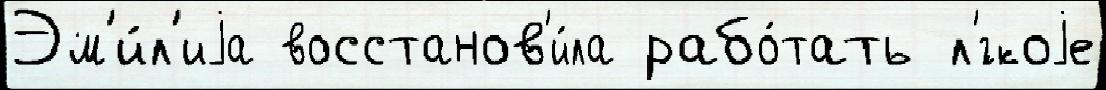
Эм'и́л'иjа восстанов'и́ла рабо́тать л'́гкоjе